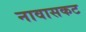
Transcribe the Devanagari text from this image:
नावासकट